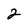
Character: 2